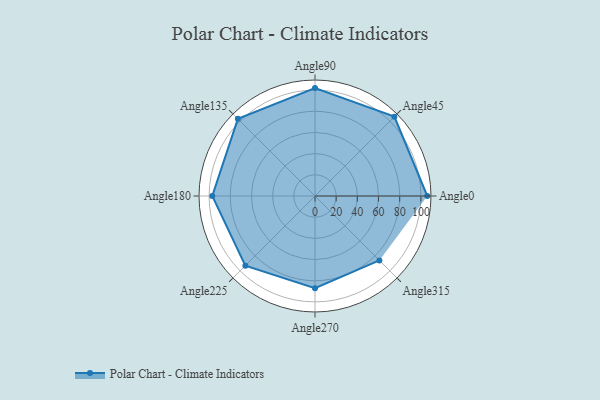
{"axis": {"x": "Angle", "y": "Radius"}, "legend": [""], "data": [{"x": "Angle0", "y": 106.0, "type": ""}, {"x": "Angle45", "y": 106.0, "type": ""}, {"x": "Angle90", "y": 102.0, "type": ""}, {"x": "Angle135", "y": 103.0, "type": ""}, {"x": "Angle180", "y": 97.0, "type": ""}, {"x": "Angle225", "y": 93.0, "type": ""}, {"x": "Angle270", "y": 87.0, "type": ""}, {"x": "Angle315", "y": 86.0, "type": ""}]}